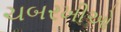
ચબરખીઓ